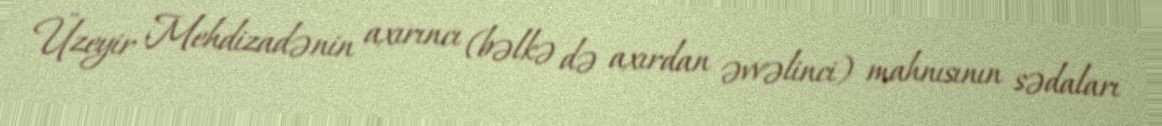
Üzeyir Mehdizadənin axırıncı (bəlkə də axırdan əvvəlinci) mahnısının sədaları